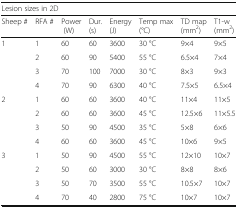
<table><thead><tr><td colspan="8"><b>Lesion sizes in 2D</b></td></tr><tr><td><b>Sheep #</b></td><td><b>RFA #</b></td><td><b>Power (W)</b></td><td><b>Dur. (s)</b></td><td><b>Energy (J)</b></td><td><b>Temp max (°C)</b></td><td><b>TD map (mm<sup>2</sup>)</b></td><td><b>T1-w (mm<sup>2</sup>)</b></td></tr></thead><tbody><tr><td rowspan="4">1</td><td>1</td><td>60</td><td>60</td><td>3600</td><td>30 °C</td><td>9×4</td><td>9×5</td></tr><tr><td>2</td><td>60</td><td>90</td><td>5400</td><td>55 °C</td><td>6.5×4</td><td>7×4</td></tr><tr><td>3</td><td>70</td><td>100</td><td>7000</td><td>30 °C</td><td>8×3</td><td>9×3</td></tr><tr><td>4</td><td>70</td><td>90</td><td>6300</td><td>40 °C</td><td>7.5×5</td><td>6.5×4</td></tr><tr><td rowspan="4">2</td><td>1</td><td>60</td><td>60</td><td>3600</td><td>40 °C</td><td>11×4</td><td>11×5</td></tr><tr><td>2</td><td>60</td><td>60</td><td>3600</td><td>45 °C</td><td>12.5×6</td><td>11×5.5</td></tr><tr><td>3</td><td>50</td><td>90</td><td>4500</td><td>35 °C</td><td>5×8</td><td>6×6</td></tr><tr><td>4</td><td>60</td><td>60</td><td>3600</td><td>45 °C</td><td>10×6</td><td>9×5</td></tr><tr><td rowspan="4">3</td><td>1</td><td>50</td><td>90</td><td>4500</td><td>55 °C</td><td>12×10</td><td>10×7</td></tr><tr><td>2</td><td>50</td><td>60</td><td>3000</td><td>30 °C</td><td>8×8</td><td>8×6</td></tr><tr><td>3</td><td>50</td><td>70</td><td>3500</td><td>55 °C</td><td>10.5×7</td><td>10×7</td></tr><tr><td>4</td><td>70</td><td>40</td><td>2800</td><td>75 °C</td><td>10×7</td><td>10×7</td></tr></tbody></table>